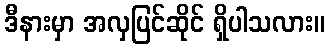
ဒီနားမှာ အလှပြင်ဆိုင် ရှိပါသလား။